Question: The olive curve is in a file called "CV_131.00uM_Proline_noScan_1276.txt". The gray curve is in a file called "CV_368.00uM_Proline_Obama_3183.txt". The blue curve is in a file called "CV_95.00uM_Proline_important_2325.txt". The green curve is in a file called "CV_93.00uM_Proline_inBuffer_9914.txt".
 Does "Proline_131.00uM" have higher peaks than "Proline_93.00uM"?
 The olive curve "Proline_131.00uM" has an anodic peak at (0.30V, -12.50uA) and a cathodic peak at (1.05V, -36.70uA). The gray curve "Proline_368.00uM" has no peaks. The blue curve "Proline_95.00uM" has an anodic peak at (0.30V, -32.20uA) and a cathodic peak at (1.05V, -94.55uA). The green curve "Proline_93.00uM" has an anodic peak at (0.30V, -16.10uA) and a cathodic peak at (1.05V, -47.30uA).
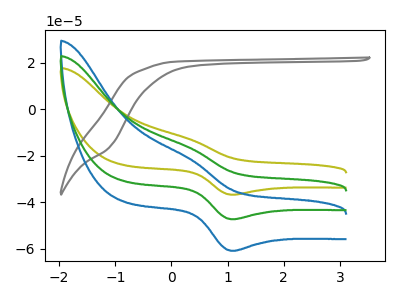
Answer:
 <answer>The peaks in "Proline_131.00uM" are neither all higher or all lower than the peaks in "Proline_93.00uM".</answer>
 <eval>mixed</eval>